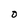
Character: D